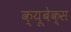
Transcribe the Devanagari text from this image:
क्यूबेक्स